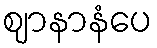
ဈာနာနံပေ